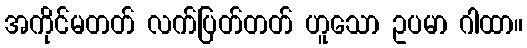
အကိုင်မတတ် လက်ပြတ်တတ် ဟူသော ဥပမာ ဂါထာ။